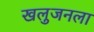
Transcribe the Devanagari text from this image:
खलुजनला